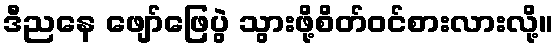
ဒီညနေ ဖျော်ဖြေပွဲ သွားဖို့စိတ်ဝင်စားလားလို့။